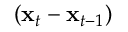
( { \bf x } _ { t } - { \bf x } _ { t - 1 } )